Tezpur Lunatic Asylum reports 1877-1894 - 1877-1894
Year: 1877
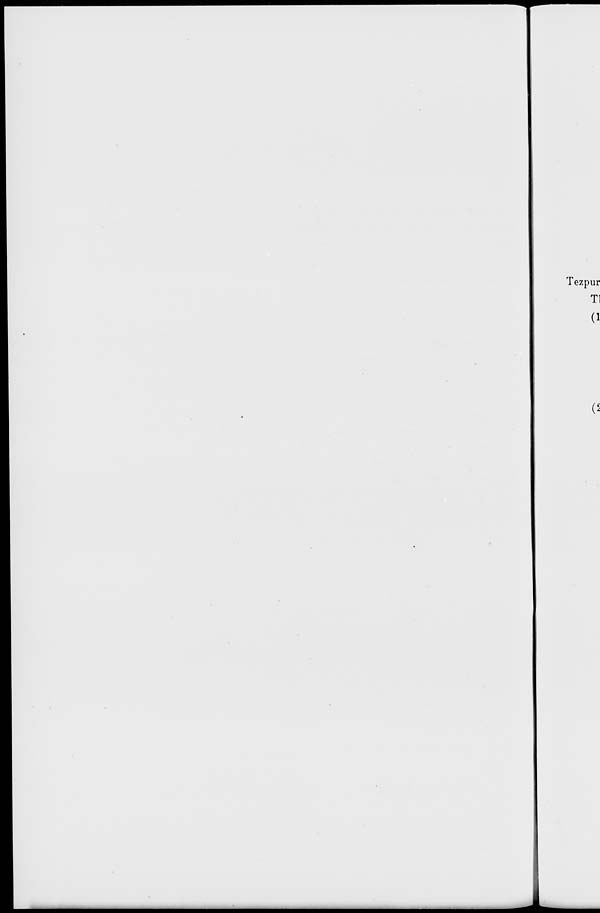
Tezpur
Tl
(1